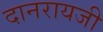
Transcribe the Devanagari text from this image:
दानरायजी